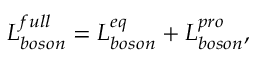
{ \cal L } _ { b o s o n } ^ { f u l l } = { \cal L } _ { b o s o n } ^ { e q } + { \cal L } _ { b o s o n } ^ { p r o } ,